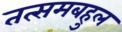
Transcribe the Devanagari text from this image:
तत्समबहुल